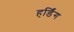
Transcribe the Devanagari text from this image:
हर्डिंग